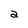
Character: a